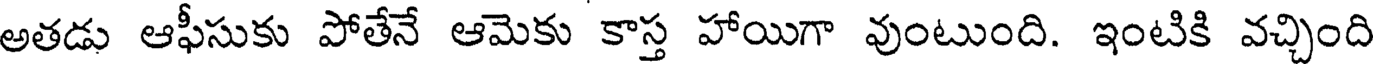
అతడు ఆఫీసుకు పోతేనే ఆమెకు కాస్త హాయిగా వుంటుంది. ఇంటికి వచ్చింది